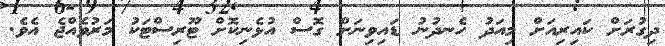
ދިގުރަށް ކައިރިއަށް މިއަދު ހެނދުނު ޑައިވިނަށް ގޮސް އުޅެނިކޮށް ޓޫރިސްޓަކު މަރުވެއްޖެ އެވެ.